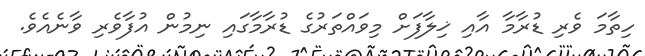
ހިތާމަ ވެރި ޑުރާމާ އާއި ޚިލާފަށް މިވައްތަރުގެ ޑުރާމާގައި ނިމުން އުފާވެރި ވާނެއެވެ.